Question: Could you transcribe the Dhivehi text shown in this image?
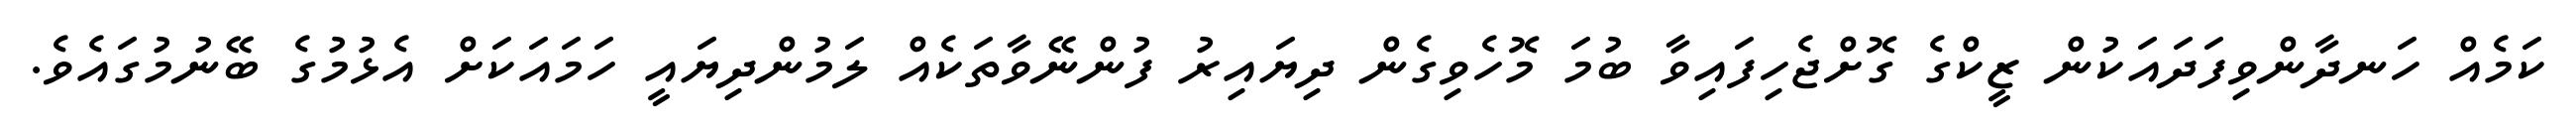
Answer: ކަމެއް ހަނދާންވިފަދައަކުން ޒީކްގެ ގޮށްޖެހިފައިވާ ބުމަ މޮހެވިގެން ދިޔައިރު ފުންނޭވާތަކެއް ލަމުންދިޔައީ ހަމައަކަށް އެޅުމުގެ ބޭނުމުގައެވެ.